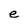
Character: e